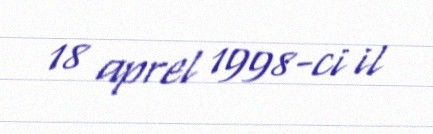
18 aprel 1998-ci il